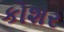
કોશર